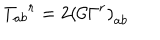
T _ { a b } { } ^ { r } = 2 \left( { \cal C } \Gamma ^ { r } \right) _ { a b }